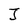
Character: J